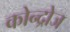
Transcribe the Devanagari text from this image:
कोन्द्रोज